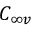
C _ { \infty v }